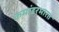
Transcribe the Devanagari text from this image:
कमांडरभारत